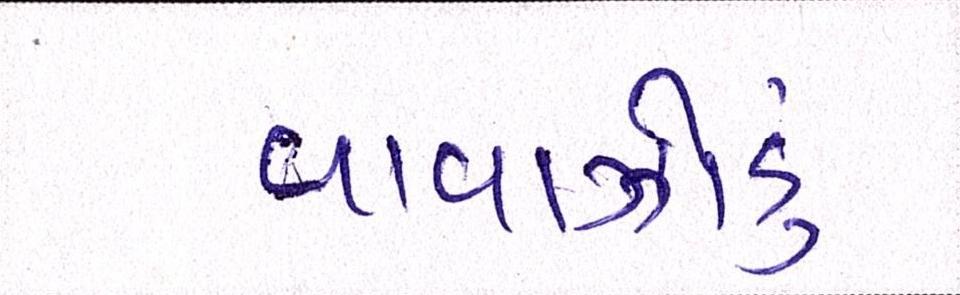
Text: વાવાઝોડું